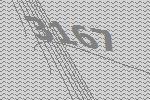
3167